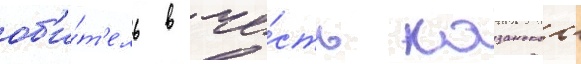
об'и́т'ель в че́сть казанскои